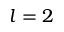
l = 2